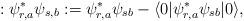
LaTeX: \begin{align*}:\psi_{r,a}^*\psi_{s,b}: = \psi_{r,a}^*\psi_{sb}-\langle 0|\psi_{r,a}^*\psi_{sb}|0\rangle ,\end{align*}